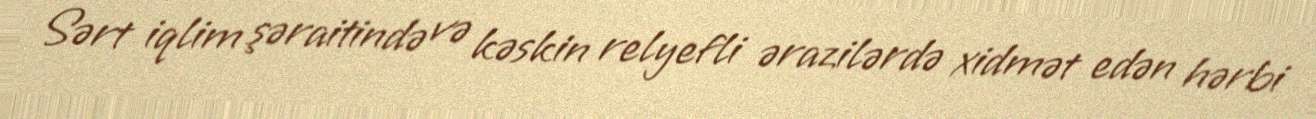
Sərt iqlim şəraitində və kəskin relyefli ərazilərdə xidmət edən hərbi